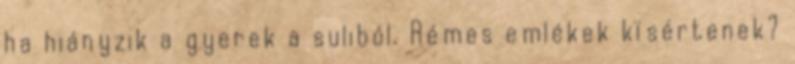
ha hiányzik a gyerek a suliból. Rémes emlékek kísértenek?